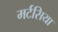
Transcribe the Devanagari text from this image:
मर्टसिया